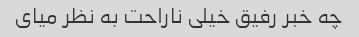
چه خبر رفیق خیلی ناراحت به نظر میای